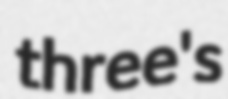
three's